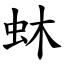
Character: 蚞